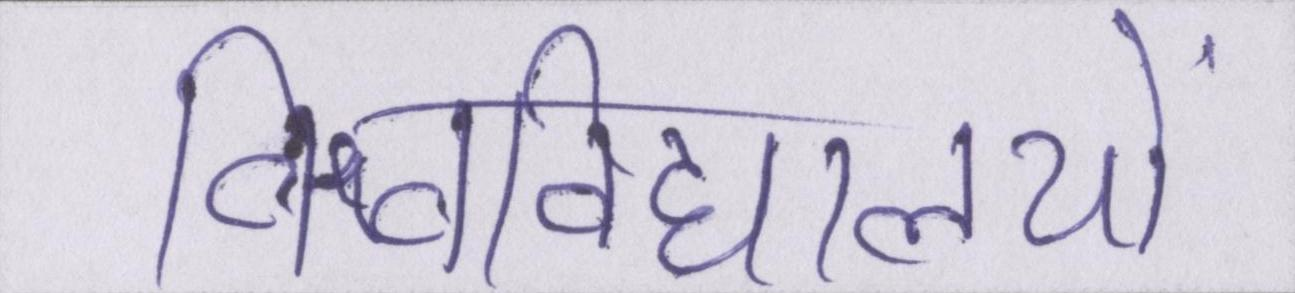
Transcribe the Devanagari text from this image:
विश्वविद्यालयों